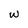
Character: w